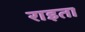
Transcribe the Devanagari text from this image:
राइता